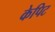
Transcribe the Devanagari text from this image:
केपिट